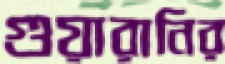
গুয়ারানির